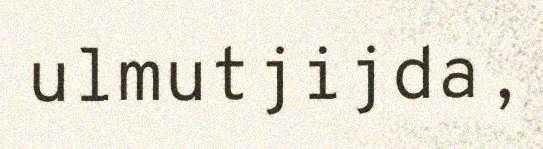
ulmutjijda,